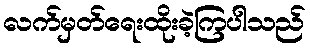
လက်မှတ်ရေးထိုးခဲ့ကြပါသည်